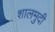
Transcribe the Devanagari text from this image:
शालमुदी